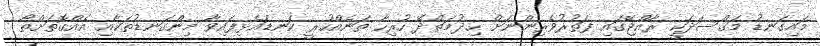
މައިގަނޑު މަޤްސަދަކީ ރާއްޖޭގައި ފަތުރުވެރިންނަށް ޙިދުމަތްދޭ ހުރިހާ ތަނެއްހުރީ ކަނޑައެޅިފައިވާ މިންގަނޑުތަކާއި އެއްގޮތަށްތޯ